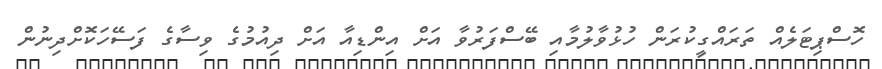
ހޮސްޕިޓަލެއް ތަރައްގީކުރަން ހުޅުވާލުމާއި ބޭސްފަރުވާ އަށް އިންޑިއާ އަށް ދިއުމުގެ ވިސާގެ ފަސޭހަކޮށްދިނުން